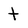
Character: t